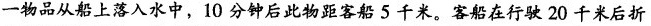
一物品从船上落入水中，10分钟后此物距客船5千米。客船在行驶20千米后折、